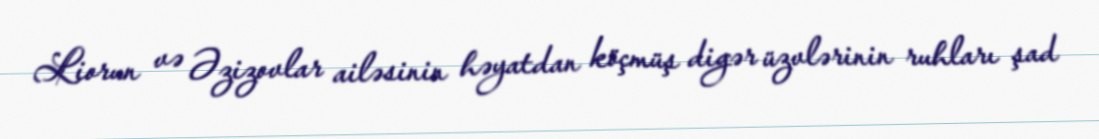
Liorun və Əzizovlar ailəsinin həyatdan köçmüş digər üzvlərinin ruhları şad